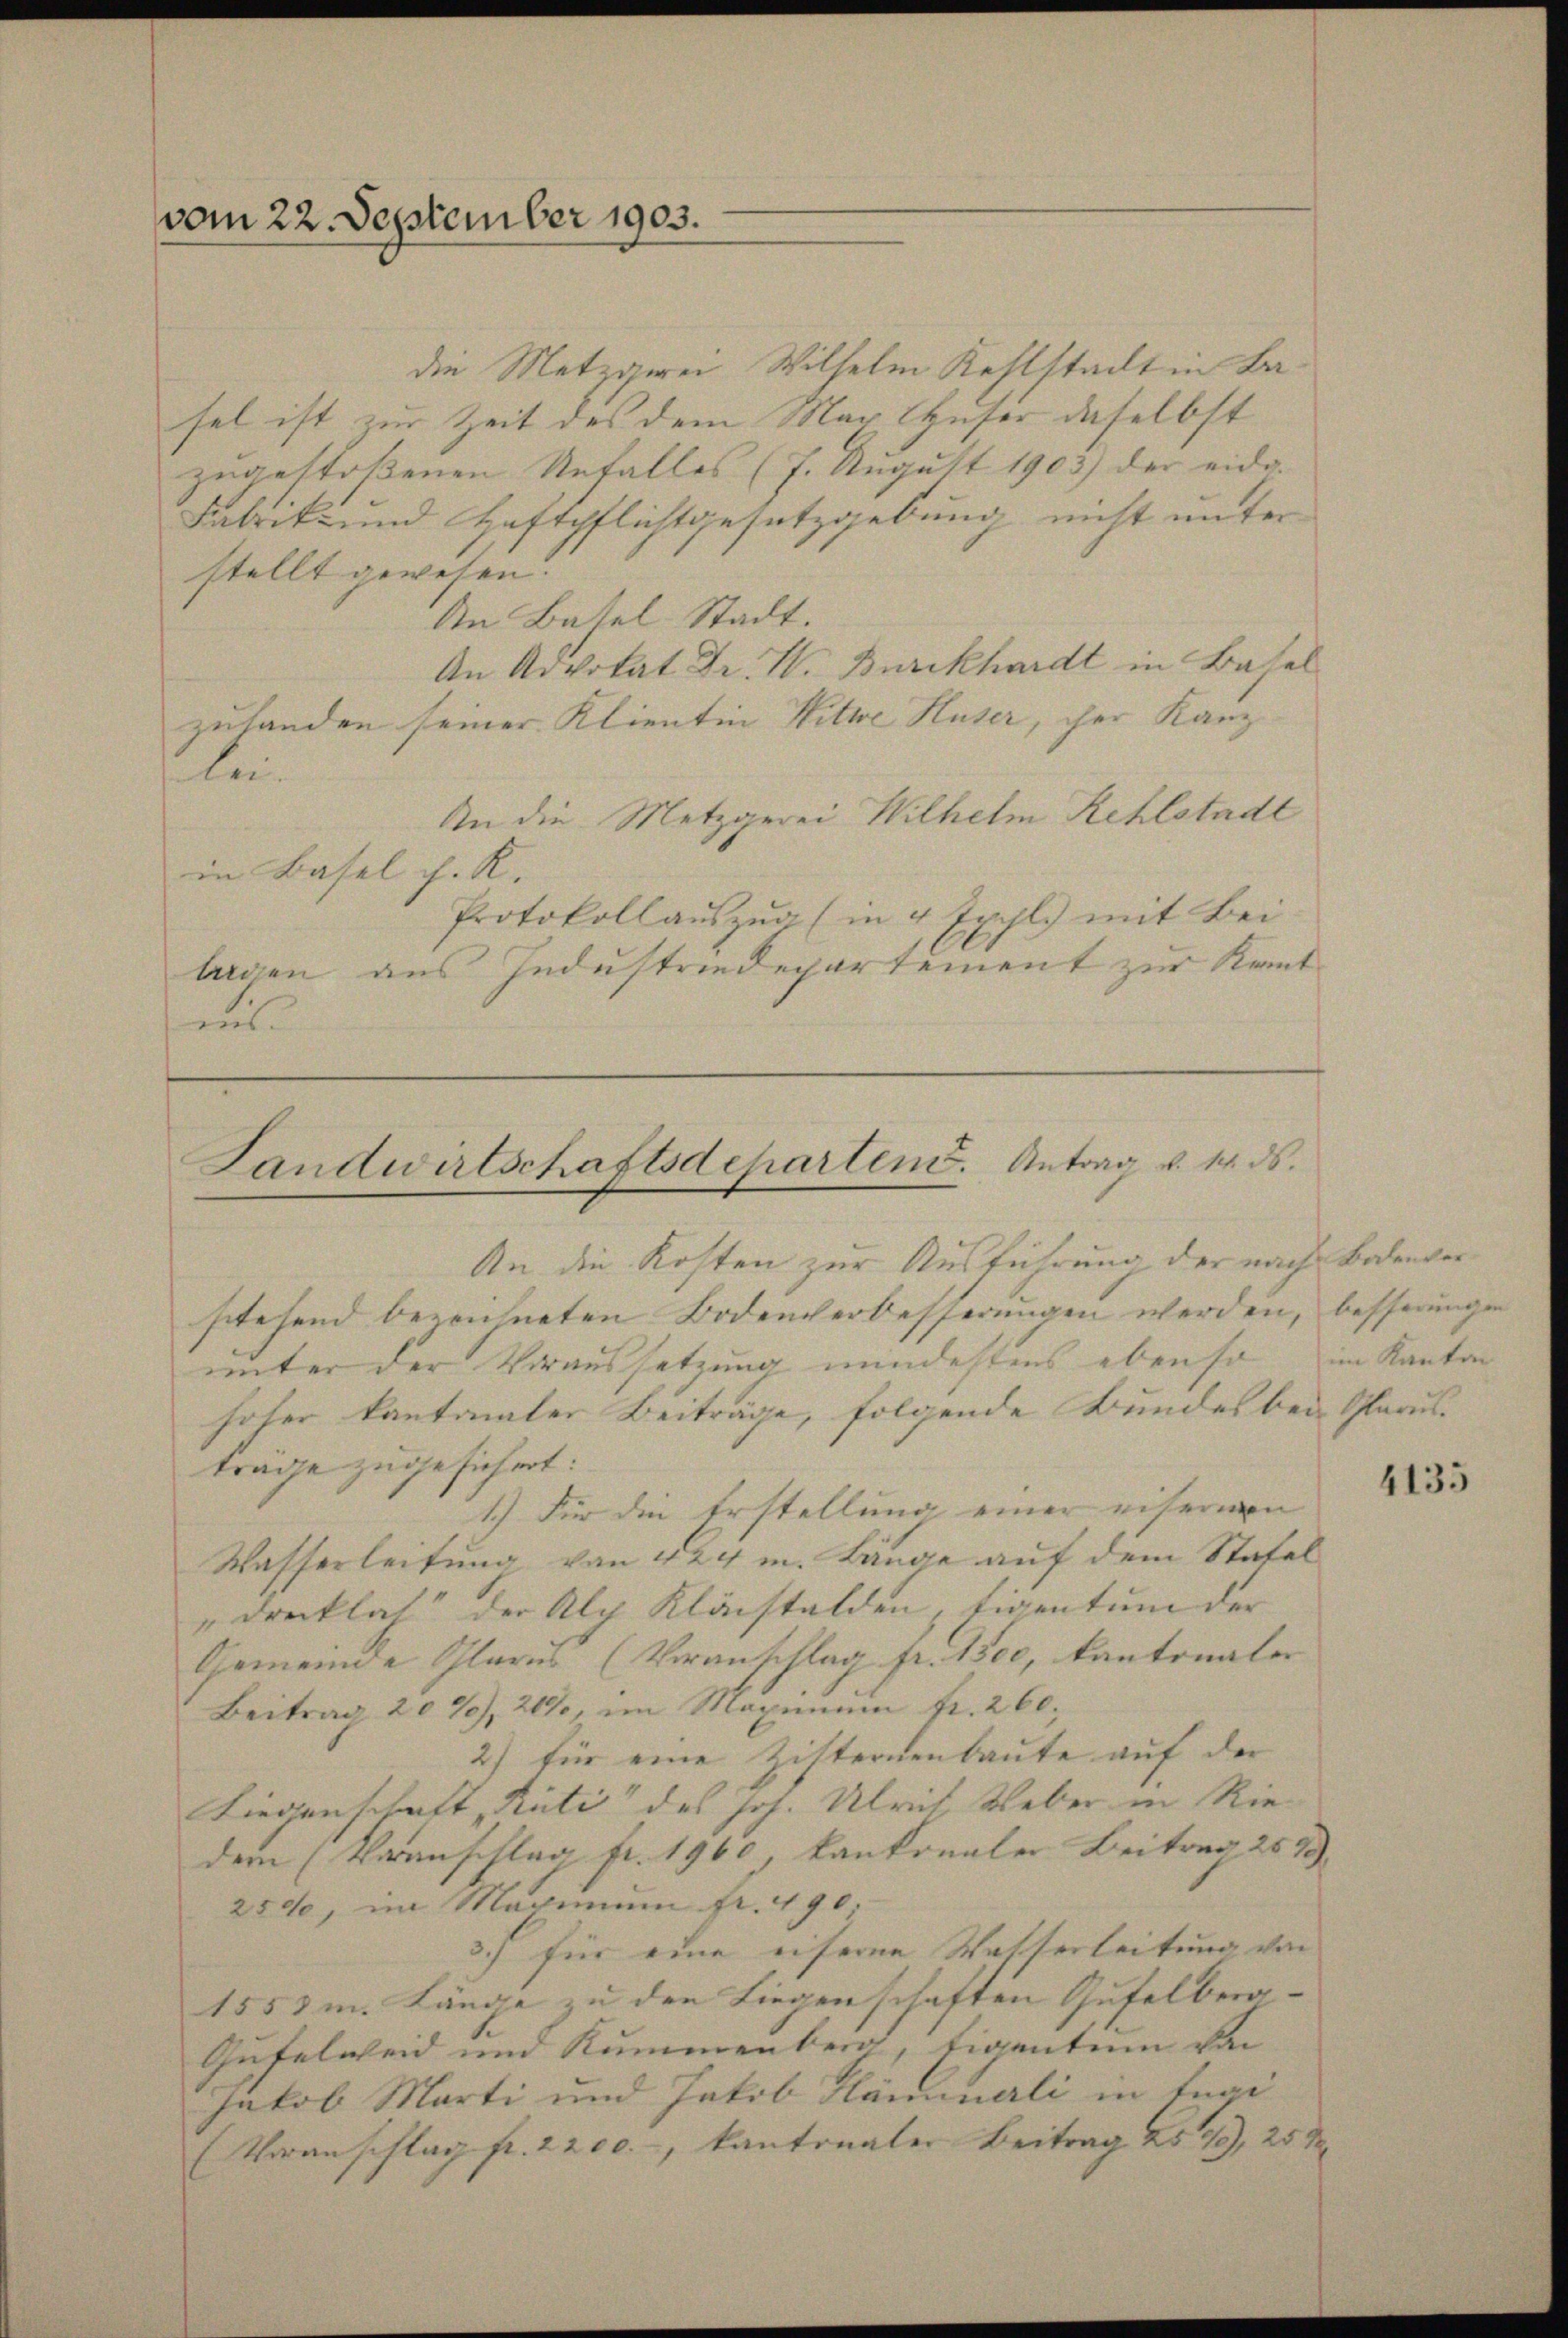
vom 22. September 1903.

die Metzgerei Wilhelm Kehlstadt in Basel ist zur Zeit des dem Max Huser daselbst
zugestoßenen Unfalles (7. August 1903) der eidg.
Fabrik- und Haftpflichtgesetzgebung nicht unter
stellt gewesen.
An Batel Stadt.
An Advokat Dr. W. Burckhardt in Basel
zulanden seiner Klientin Witwe Huser, cher Kanz
lei
An die Metzgerei Wilhelm Kehlstadt
in Basel h. K.
Protokoll auszugs in 4 Expl.) mit Bei
baden aus Industriedepartement zur Kant
un

Landwirtschaftsdeharten. Antrag v. 1. ds.

An die Kosten zur Ausführung der nach Bodenverstehend bezeichneten Bodenverbesserungen werden, besserunge
unter der Voraussetzung mindestens ebenso im Kanton
hofer kantonaler Beiträge, folgende Bundes bei Glarus.
trage zugesichert:
1.) Für die Erstellung einer eisernen |
Wasserleitung von 424 m. Länge auf dem Statal
"Drecklich der Alp Kläcstalden, Eigentum der
Gemeinde Glarus (Veranschlag fr. 1500, Cantonaler |
Beitrag 20%, 209, im Maximum fr. 260.
2) für eine Zisternenbaute auf der
Liegenschaft, Rüti des Joh. Ulrich Weber in Rie
dern (Veranschlag fr. 1960, kantonaler Beitrag 2573. |
2500, im Maximum fr. 490,
3.) für eine eiferne Wasserleitung von
1553 m. Länge zu den Liegenschaften Gufelberg- |
Gufelweid und Kummenberg, Eigentum von
Jakob Marti und Jakob Hämunerli in fugi
(Voranschlag fr. 2200.-, kantonaler Beitrag 2543, 25 d

4135